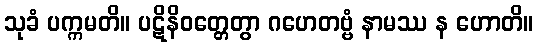
သုခံ ပက္ကမတိ။ ပဋိနိဝတ္တေတွာ ဂဟေတဗ္ဗံ နာမဿ န ဟောတိ။